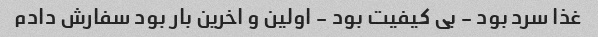
غذا سرد بود - بی کیفیت بود - اولین و اخرین بار بود سفارش دادم